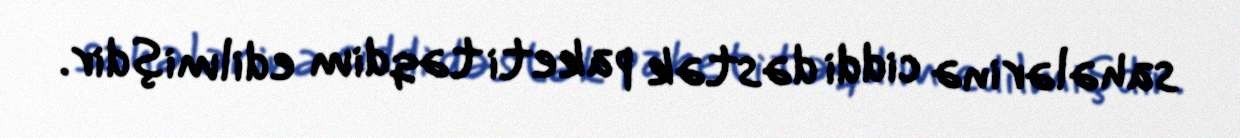
sahələrinə ciddi dəstək paketi təqdim edilmişdir.